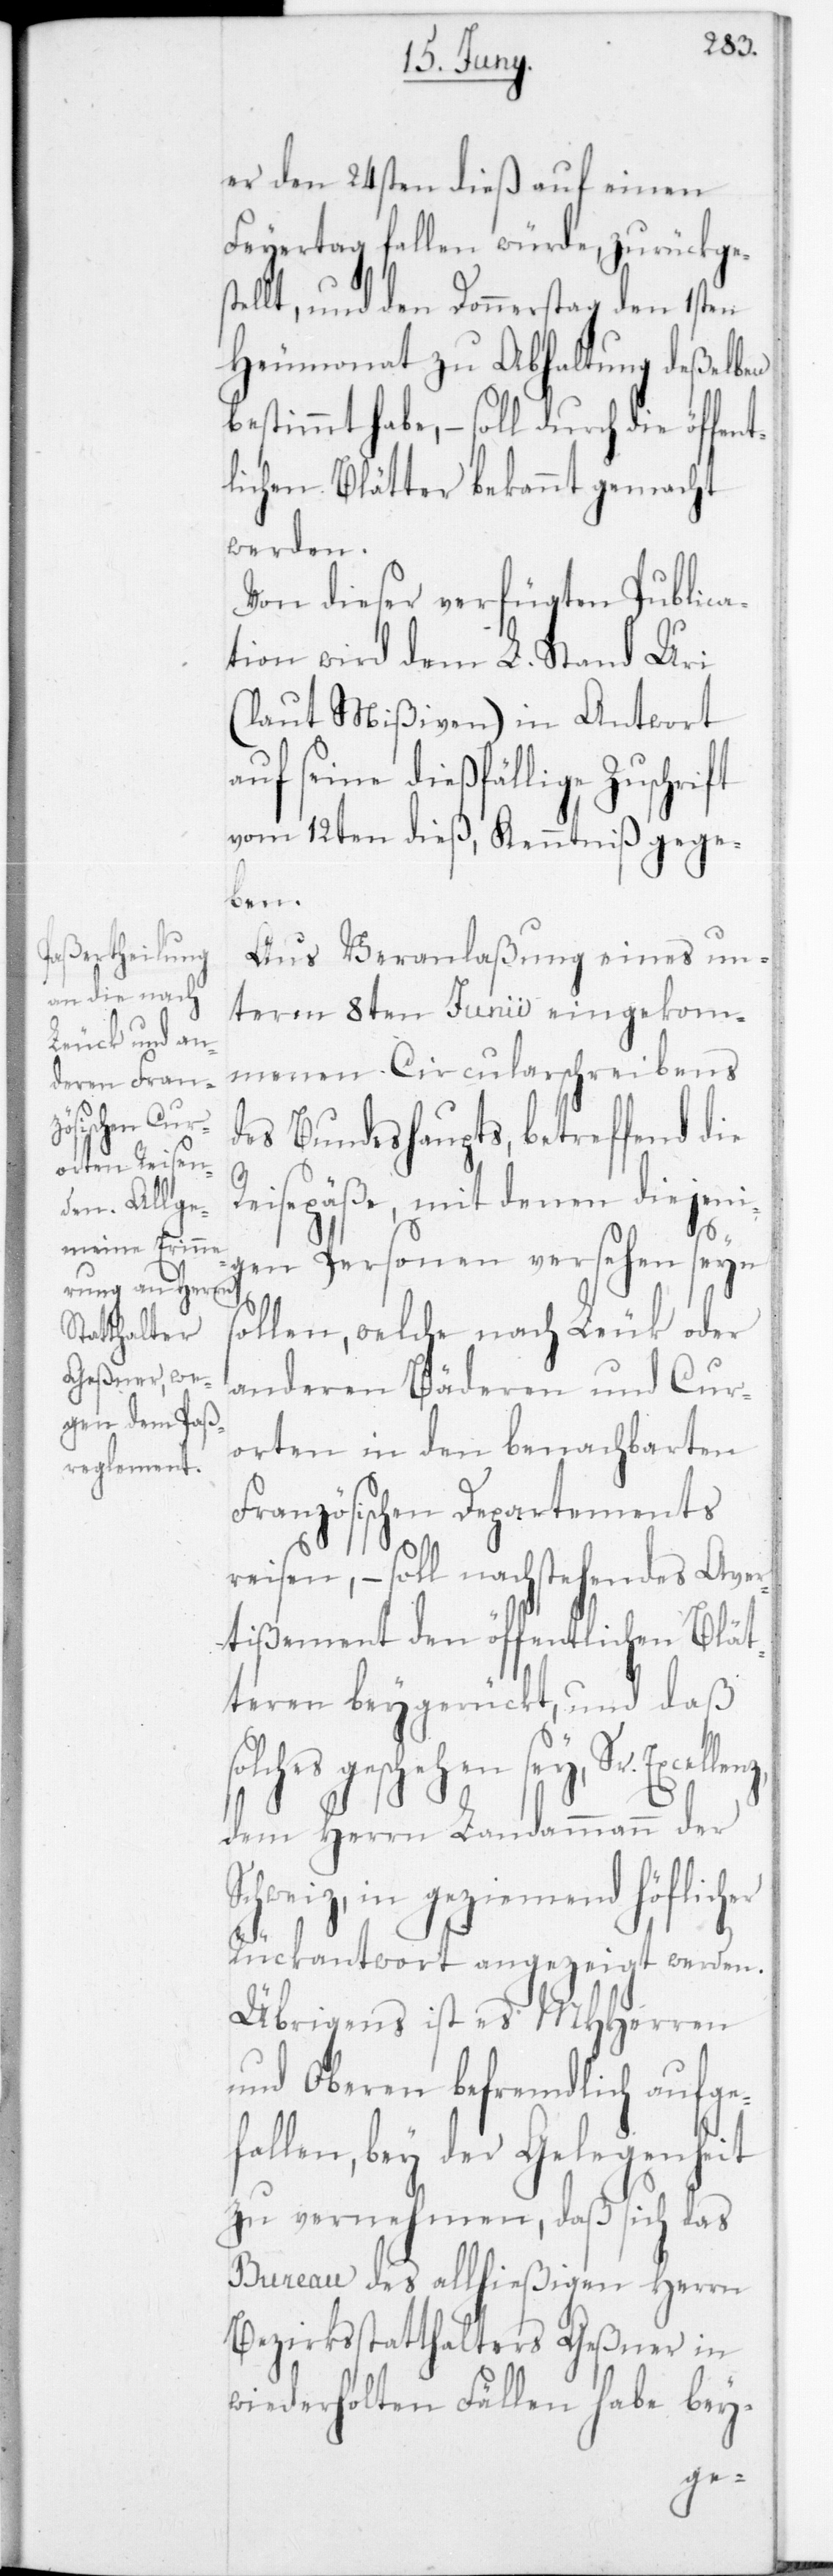
er den 24sten dieß auf einen
Feiertag fallen würde, zurückges¬
tellt, und den Donnerstag den 1sten
Heumonat zu Abhaltung deßelben
bestimmt habe, – soll durch die öffent¬
lichen Blätter bekannt gemacht
werden.
Von dieser verfügten Publica¬
tion wird dem L. Stand Uri
(laut Mißiven) in Antwort
auf seine dießfällige Zuschrift
vom 12ten dieß, Kenntniß gege¬
ben.
Aus Veranlaßung eines un¬
term 8ten Junii eingekom¬
menen Circularschreibens
des Bundehaupts, betreffend die
Reisepäße, mit denen diejeni¬
gen Personen versehen seyn
sollen, welche nach Leuck oder
anderen Bäderen und Cur¬
orten in den benachbarten
Französischen Departements
reisen, – soll nachstehendes Aver¬
tißement den öffentlichen Blät¬
teren beygerückt, und daß
geschehen sey, Sr.
dem Herrn Landammann der
Schweiz, in geziemend höflicher
Rückantwort angezeigt werden.
Übrigens ist es MHHerren
und Oberen befremdlich aufge¬
fallen, bey der Gelegenheit
zu vernehmen, daß sich das
Bureau des allhießigen Herrn
Bezirksstatthalters Geßner in
wiederholten Fällen habe bey-